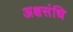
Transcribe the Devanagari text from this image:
अक्षसंधि